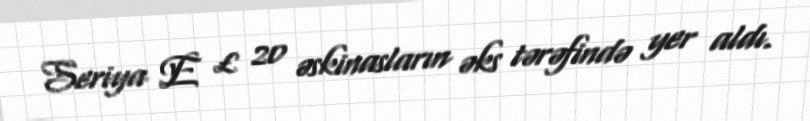
Seriya E £ 20 əskinasların əks tərəfində yer aldı.